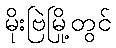
မိုးဗြဲမြို့တွင်